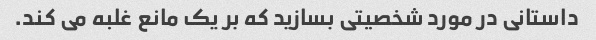
داستانی در مورد شخصیتی بسازید که بر یک مانع غلبه می کند.